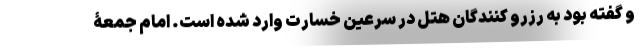
و گفته بود به رزرو کنندگان هتل در سرعین خسارت وارد شده است. امام جمعۀ